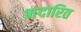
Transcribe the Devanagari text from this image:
भंदारित